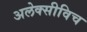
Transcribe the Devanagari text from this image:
अलेक्सीविच